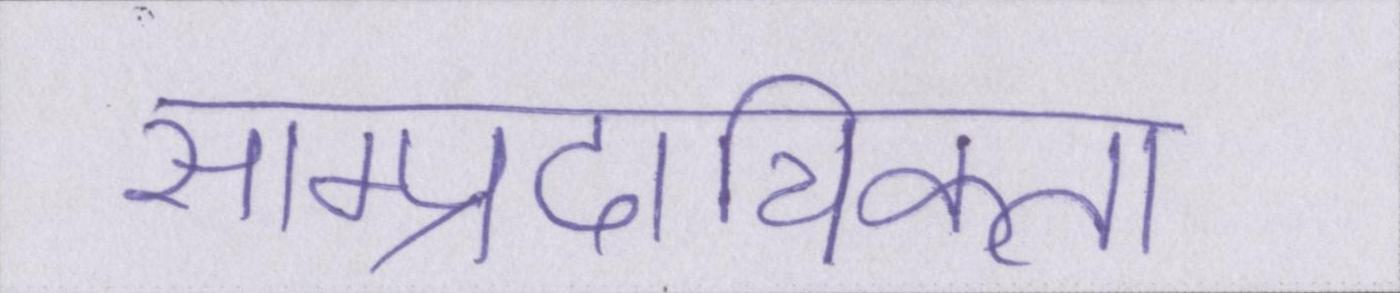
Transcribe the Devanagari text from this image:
साम्प्रदायिकता